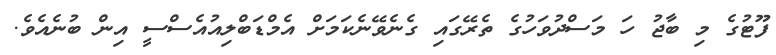
ފޫޓުގެ މި ބާޖު ހަ މަސްދުވަހުގެ ތެރޭގައި ގެނެވޭނެކަމަށް އެމްޑަބްލިއުއެސްސީ އިން ބުނެއެވެ.